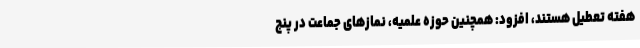
هفته تعطیل هستند، افزود: همچنین حوزه علمیه، نمازهای جماعت در پنج